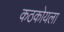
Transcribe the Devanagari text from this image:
कठकोयला